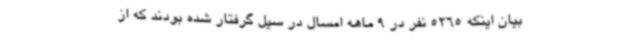
بیان اینکه 5265 نفر در 9 ماهه امسال در سیل گرفتار شده بودند که از